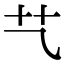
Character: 𦫴